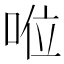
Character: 𠴖